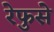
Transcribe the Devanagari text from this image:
रेफुसे